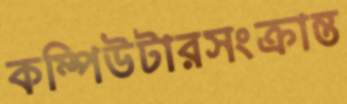
কম্পিউটারসংক্রান্ত